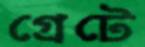
গ্রেটে